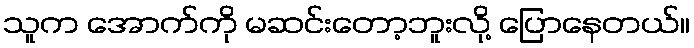
သူက အောက်ကို မဆင်းတော့ဘူးလို့ ပြောနေတယ်။